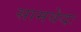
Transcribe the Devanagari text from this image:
सामवेदः